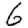
Digit: 6